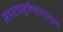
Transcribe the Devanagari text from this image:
संहारदामुक्तिमुतासुभूतम्